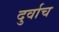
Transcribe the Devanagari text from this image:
दुर्वाच